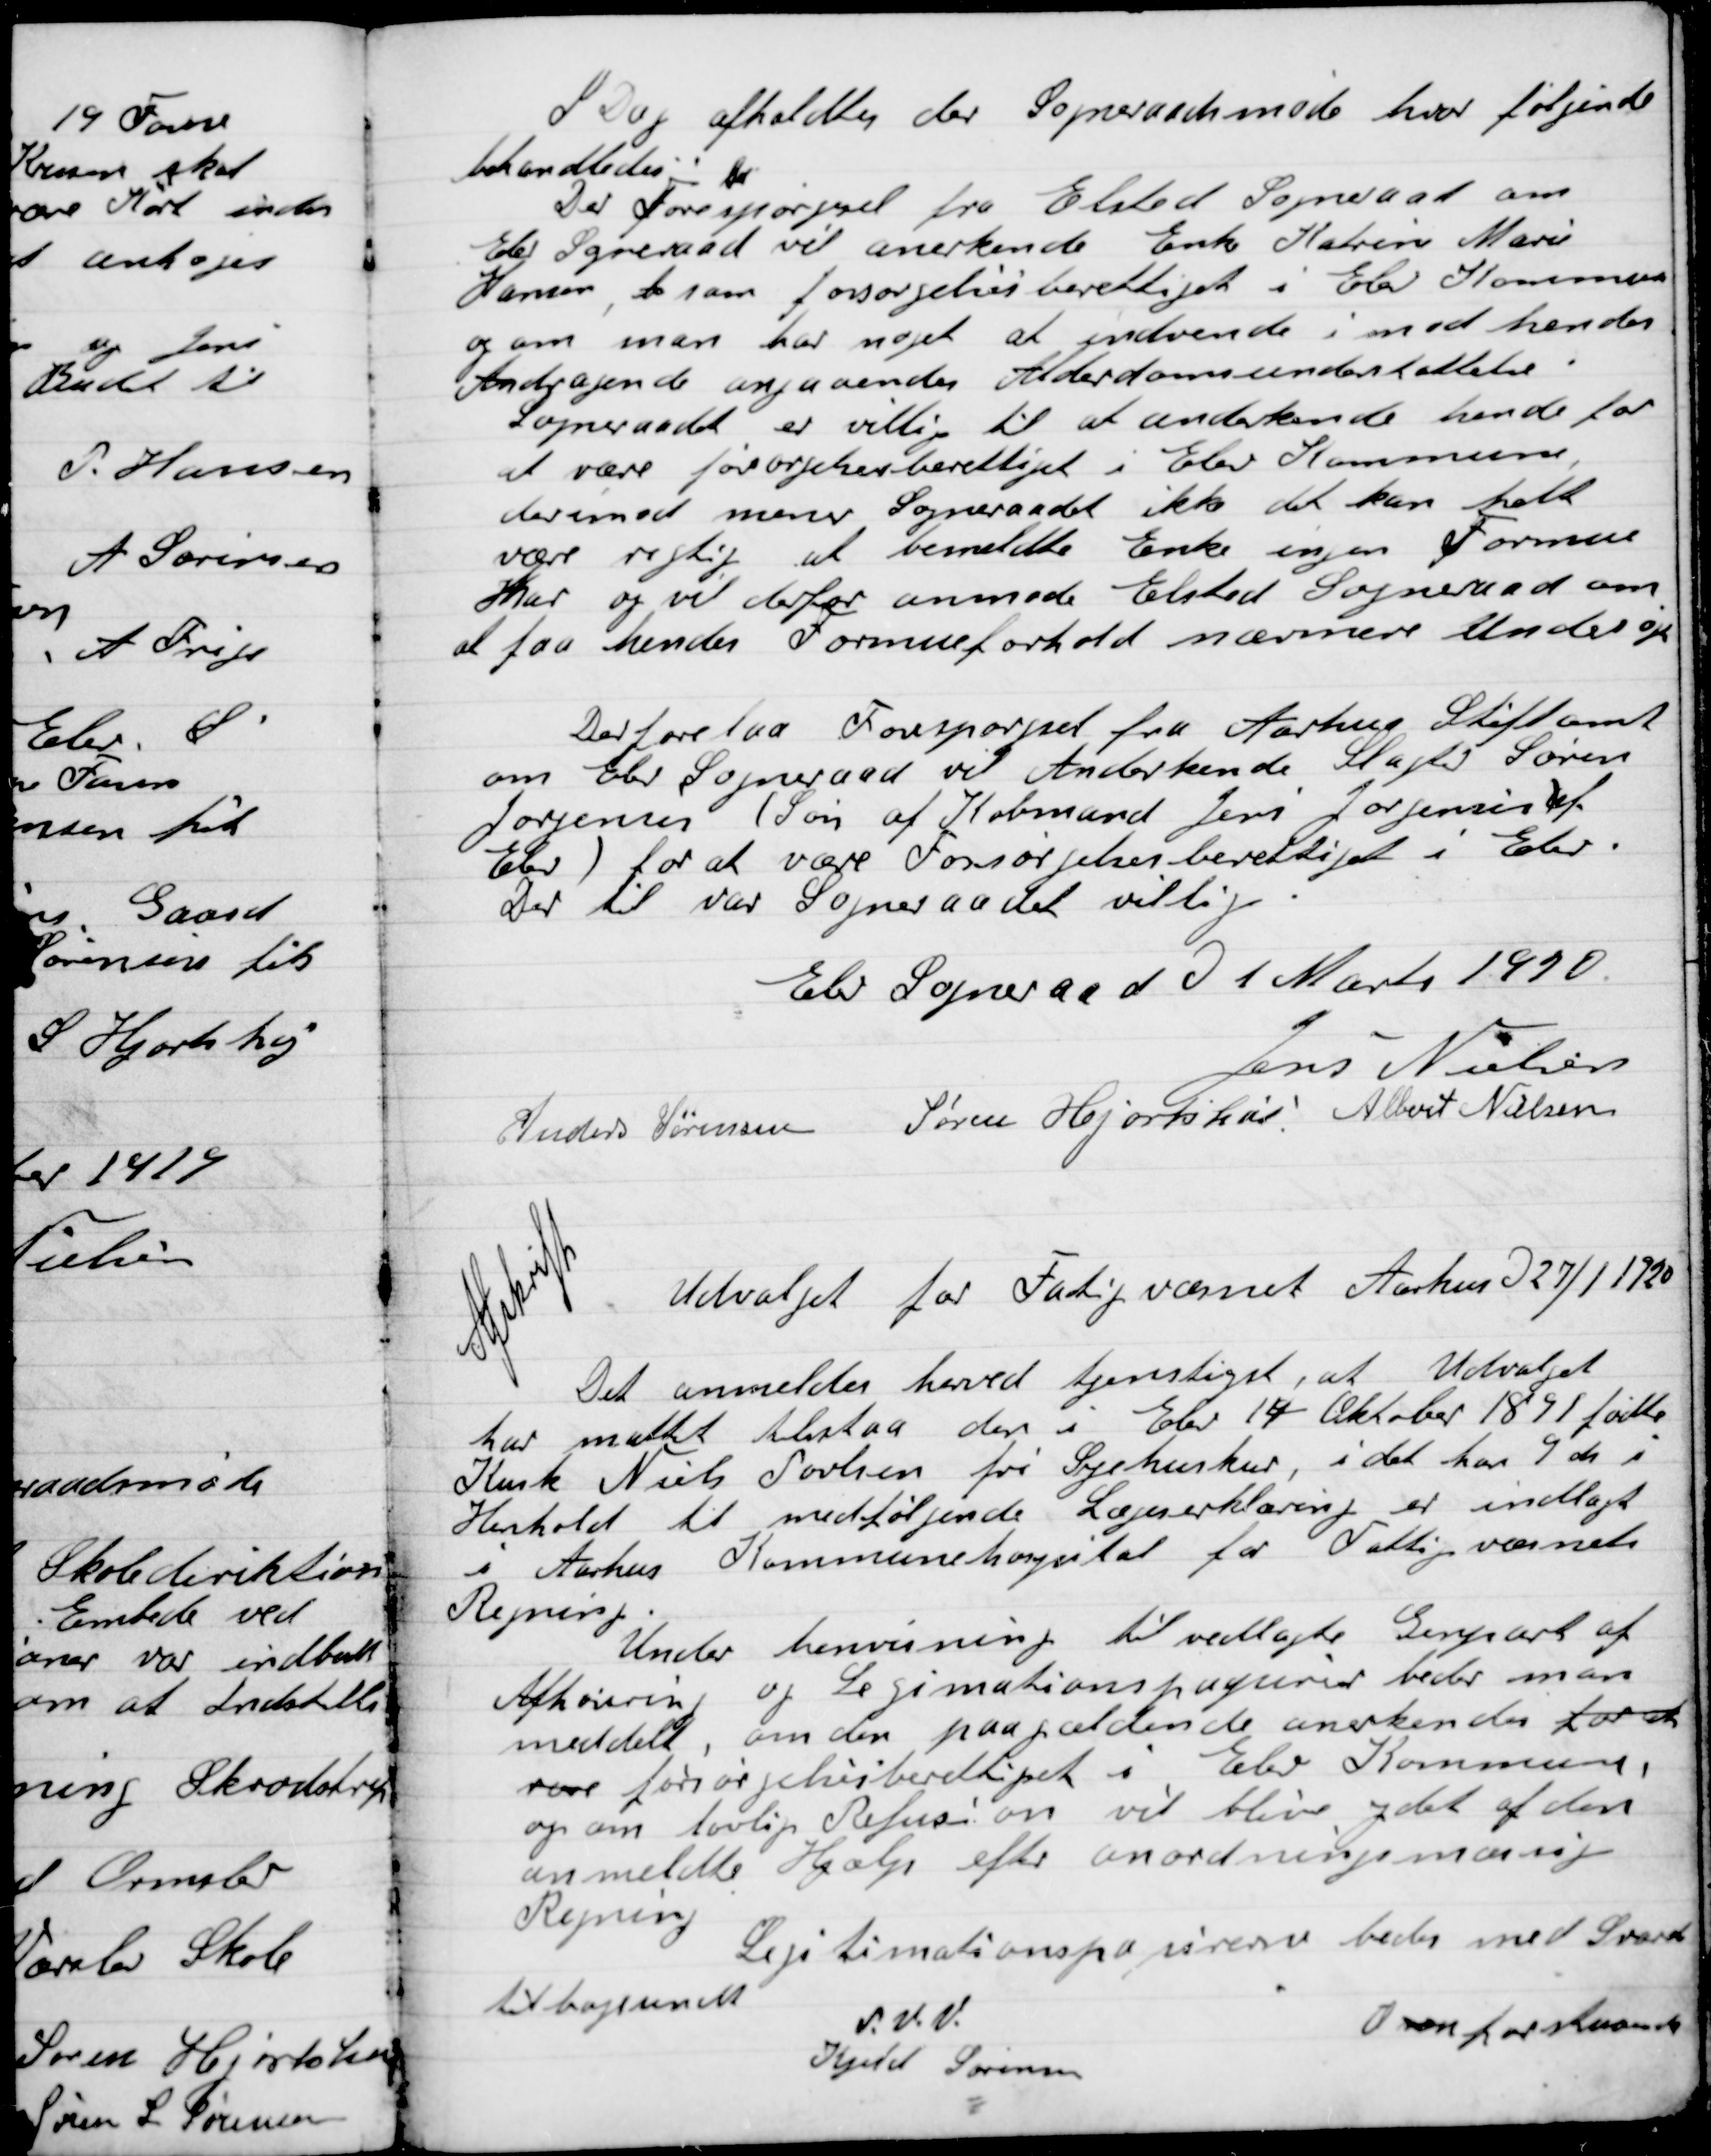
Transskription:
I Dag afholdtes der  Sogneraadet møde hvor følgende
Behandledes

Der Forespørgsel fra Elsted Sogneraad om
Elev Sogneraad vil anerkende Enke Katrine Marie
Hansen, at være forsørgelsesberettiget i Elev Kommune
og om man har noget at indvende i mod hendes
Andragende angaaende alderdomsunderstøttelse.
Sogneraadet er villig til at anerkende hende for
at være forsørgelsesberettiget i Elev Kommune
derimod mener Sogneraadet ikke det kan helt
være rigtig at bemeldte Enke ingen Formue
har og vil derfor anmode Elsted Sogneraad om
at faa hendes Formueforhold nærmere undersøgt.

Der forelaa Forespørgsel fra Aarhus Stiftsamt
om Elev Sogneraad vil Anderkende Slagter Søren
Jørgensen (Søn af Købmand Jens Jørgensen af
Elev) for at være forsørgelsesberettiget i Elev.
Der til var Sogneraadet villig.

Elev Sogneraad D. 1 Marts 1920

Jens Nielsen
Anders Sørensen
Søren Hjortshøi
Albert Nielsen

Afskrift
Udvalget for Fattigvæsenet Aarhus D. 27/1 1920
Det anmelder herved tjenstligst, at Udvalget
har måttet tilstaa den i Elev 14 Oktober 1891 fødte
Kusk Niels Poulsen fri Sygehuskur, idet han 9 ds i
Henholdt til medfølgende Lægeerklæring er indlagt
I Aarhus Kommunehospital for Fattigvæsenets
Regning.
Under henvisning til vedlagte Genpart af
Afhøring og Legitimationspapirer beder man
meddelt, om den paagældende anerkendes for at
være forsørgelsesberettiget i Elev Kommune
og om lovlig Refusion vil blive ydet af den
anmeldte Hjælp efter anordningsmæssig
Regning.
Legitimationspapirerne bedes med Svar
tilbagesendt.
P.V.V.
Som Forstander
Kjeld Sørensen